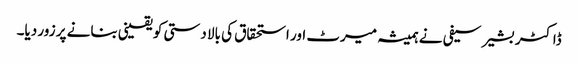
ڈاکٹر بشیر سیفی نے ہمیشہ میرٹ اور استحقاق کی بالا دستی کو یقینی بنانے پر زور دیا۔